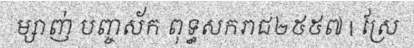
ម្សាញ់ បញ្ចស័ក ពុទ្ធសករាជ២៥៥៧ | ស្រែ